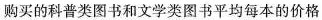
购买的科普类图书和文学类图书平均每本的价格